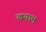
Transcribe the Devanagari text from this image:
खयाम